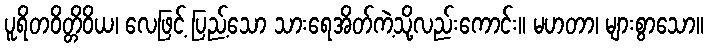
ပူရိတဝိတ္တိဝိယ၊ လေဖြင့် ပြည့်သော သားရေအိတ်ကဲ့သို့လည်းကောင်း။ မဟတာ၊ များစွာသော။